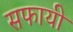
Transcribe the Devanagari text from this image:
सफायी